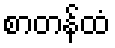
စာတန်ထံ